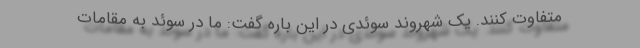
متفاوت کنند. یک شهروند سوئدی در این باره گفت: ما در سوئد به مقامات